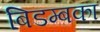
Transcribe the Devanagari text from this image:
बिडम्बका